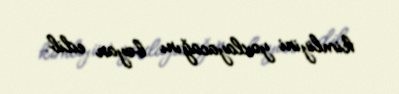
kimliyini yoxlayacağını bəyan edib.